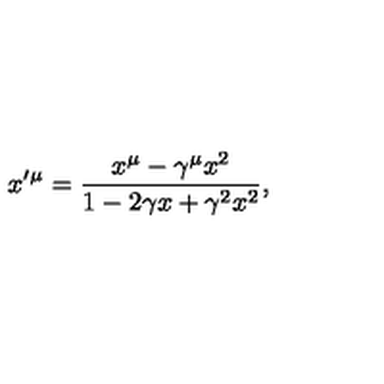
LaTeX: x ^ { \prime } { } ^ { \mu } = \frac { x ^ { \mu } - \gamma ^ { \mu } x ^ { 2 } } { 1 - 2 \gamma x + \gamma ^ { 2 } x ^ { 2 } } ,